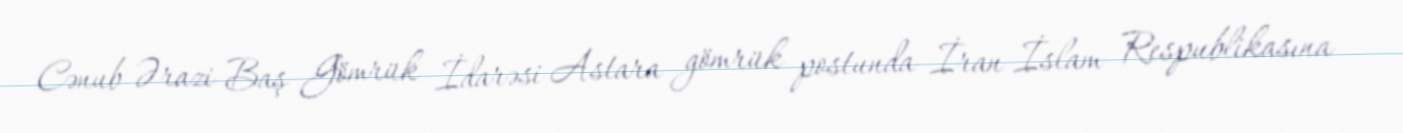
Cənub Ərazi Baş Gömrük İdarəsi Astara gömrük postunda İran İslam Respublikasına